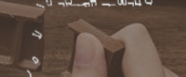
مصنع السيراميك الأمل: جود